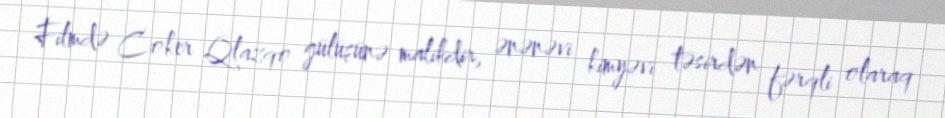
Filmdə Coker Qlazqo gülüşünə malikdir, ənənəvi kimyəvi təsirdən fərqli olaraq